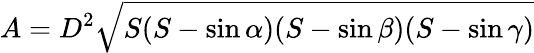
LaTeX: A=D^{2}{\sqrt{S(S-\sin\alpha)(S-\sin\beta)(S-\sin\gamma)}}